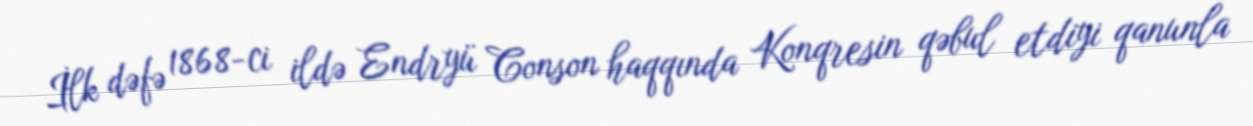
İlk dəfə 1868-ci ildə Endryü Conson haqqında Konqresin qəbul etdiyi qanunla